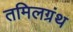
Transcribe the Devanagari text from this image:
तमिलग्रंथ